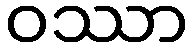
ဝဿာ